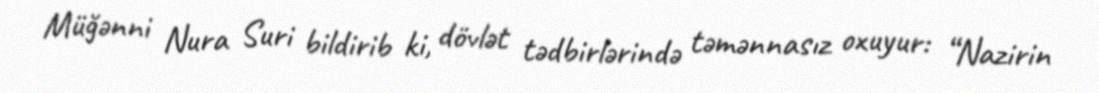
Müğənni Nura Suri bildirib ki, dövlət tədbirlərində təmənnasız oxuyur: “Nazirin